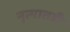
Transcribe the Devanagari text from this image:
नृत्यातही